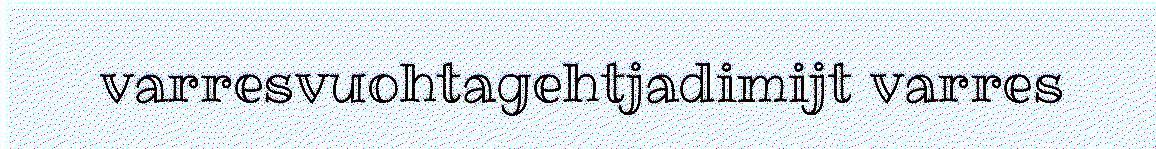
varresvuohtagehtjadimijt varres